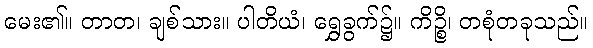
မေး၏။ တာတ၊ ချစ်သား။ ပါတိယံ၊ ရွှေခွက်၌။ ကိဉ္စိ၊ တစုံတခုသည်။